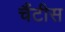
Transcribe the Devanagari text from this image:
चैंटीस